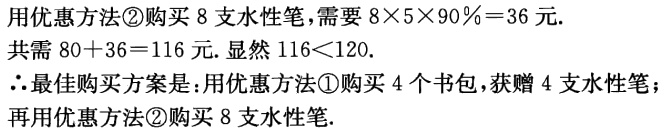
用优惠方法\textcircled{2}购买 8 支水性笔，需要 \(8\times5\times90\% = 36\) 元.
共需 \(80 + 36 = 116\) 元. 显然 \(116<120\).
\(\therefore\)最佳购买方案是：用优惠方法\textcircled{1}购买 4 个书包，获赠 4 支水性笔，
再用优惠方法\textcircled{2}购买 8 支水性笔.